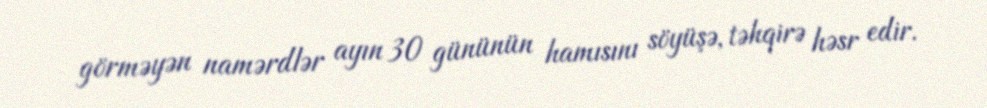
görməyən namərdlər ayın 30 gününün hamısını söyüşə, təhqirə həsr edir.